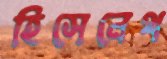
হিসেনেথ